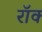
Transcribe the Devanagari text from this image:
रॉक्‍